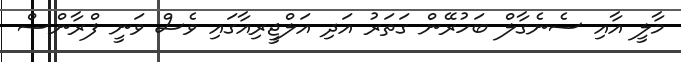
މާލީ އާއި ސެނެގާލް ބަހުރޭން ގަތަރު އަދި އަލްޖީރިއާގައި ވެސް ވަނީ ފްރާންސް